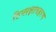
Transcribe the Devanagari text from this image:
त्रिप्लक्षावहरण